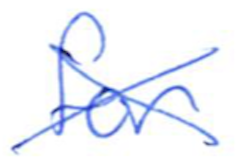
Text: for
Cross-out: cross
Writing tool: ballpoint